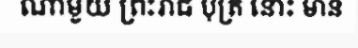
ណាមួយ ព្រះរាជ បុត្រ នោះ មាន